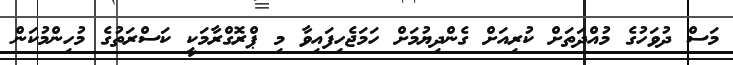
މަސް ދުވަހުގެ މުއްދަތަށް ކުރިއަށް ގެންދިޔުމަށް ހަމަޖެހިފައިވާ މި ޕްރޮގްރާމަކީ ކަސްރަތުގެ މުހިންމުކަން